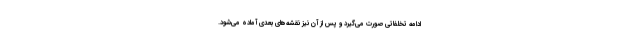
ادامه تخلفاتی صورت می‌گیرد و پس از آن نیز نقشه‌های بعدی آماده می‌شود.